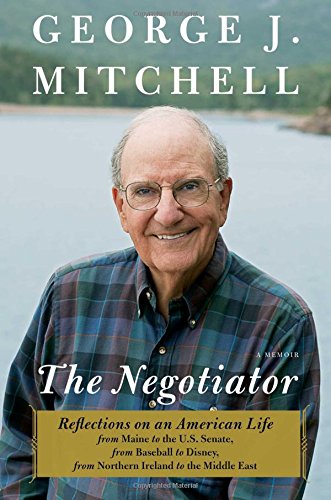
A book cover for The Negotiator: A Memoir; George Mitchell; Business & Money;